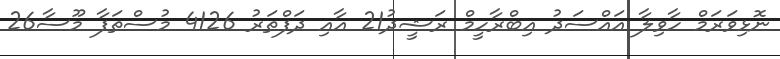
ނޮޅިވަރަމް ހާވިލާ އައްސަދު އިބްރާހީމް ރަޝީދު21 އާއި ދަފްތަރު 4126 މުސްތަފާ މޫސާ26